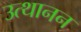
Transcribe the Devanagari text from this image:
उत्थानन